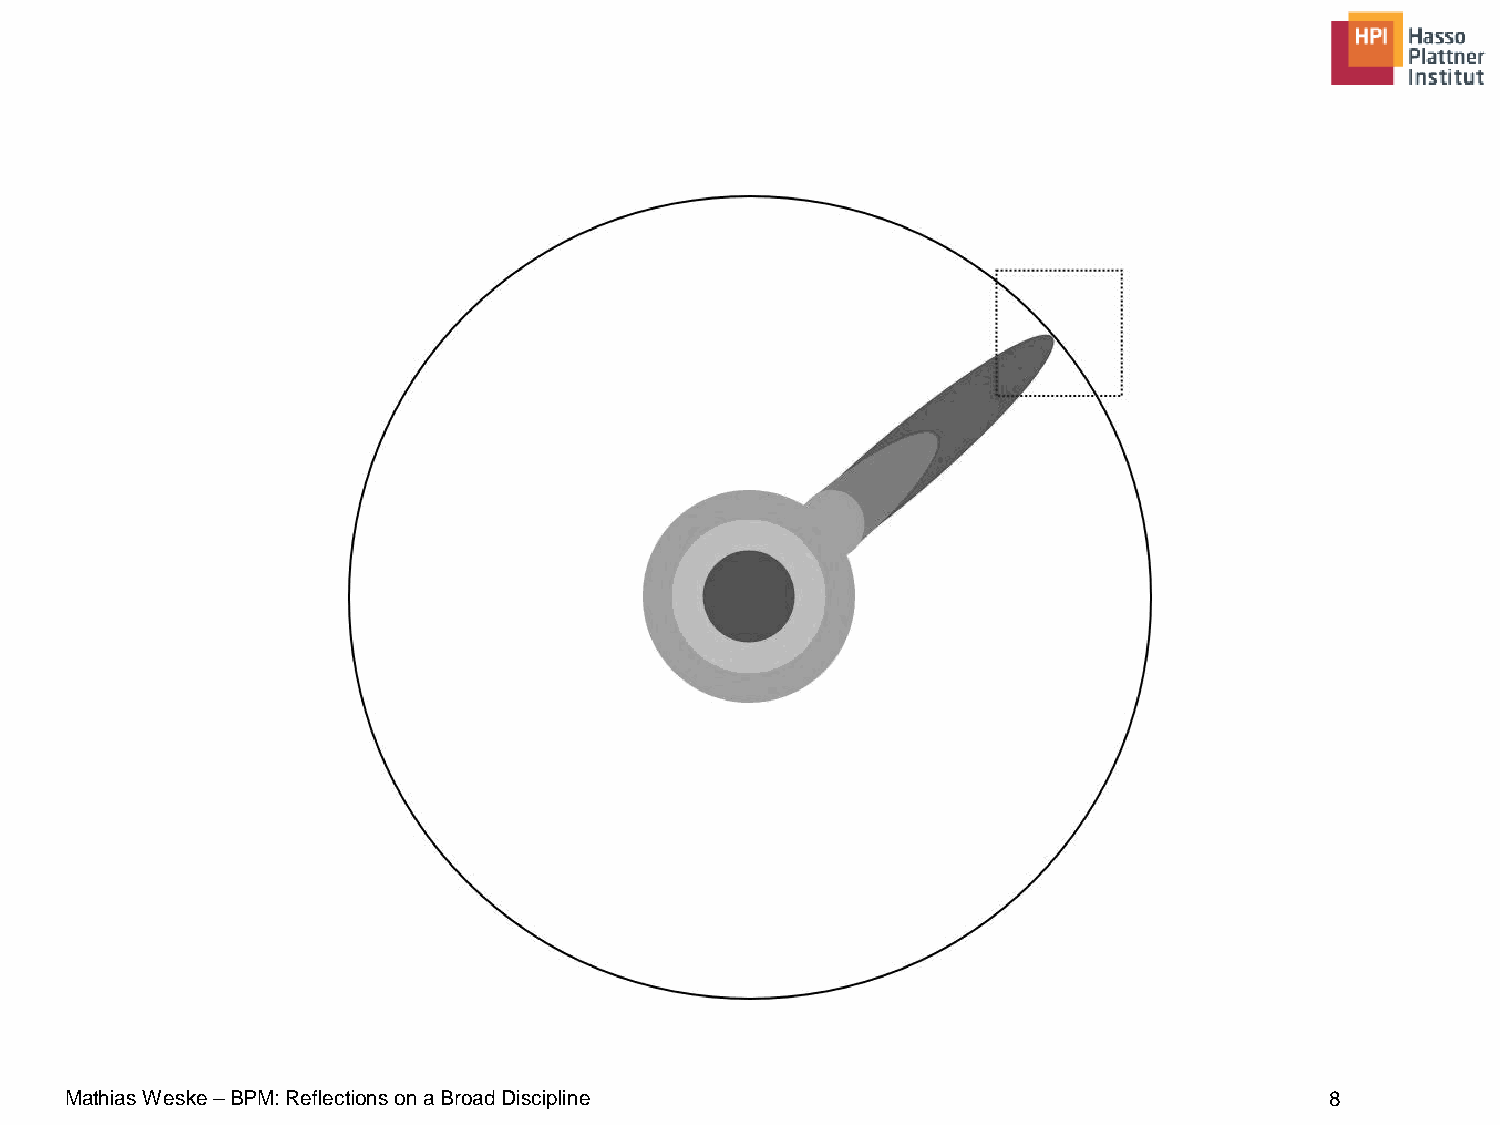
Mathias Weske –BPM: Reflections on a Broad Discipline                               8